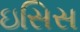
ઇસિસ